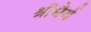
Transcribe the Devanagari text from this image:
श्रीधैर्य